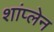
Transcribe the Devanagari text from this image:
शांप्लेन